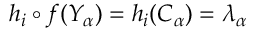
h _ { i } \circ f ( Y _ { \alpha } ) = h _ { i } ( C _ { \alpha } ) = \lambda _ { \alpha }